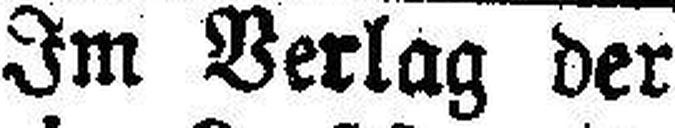
Im Verlag der